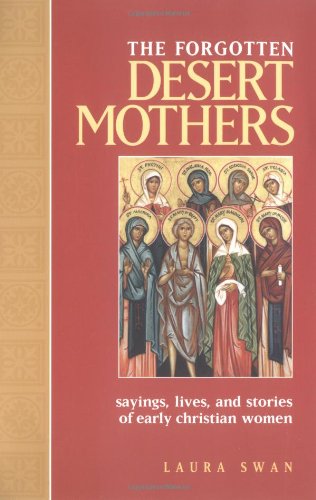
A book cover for The Forgotten Desert Mothers: Sayings, Lives, and Stories of Early Christian Women; Laura Swan; Christian Books & Bibles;